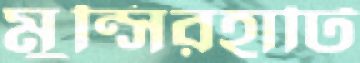
মুন্সিরহাটি